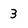
Character: 3